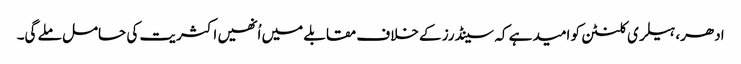
ادھر، ہیلری کلنٹن کو امید ہے کہ سینڈرز کے خلاف مقابلے میں اُنھیں اکثریت کی حامل ملے گی۔